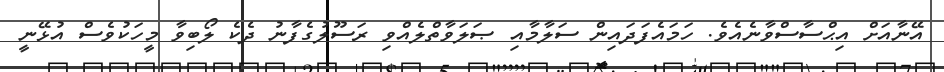
އޭނާއަށް އިޙްސާސްވާނެއެވެ. ހަަމައެފަދައިން ސަލާމާއި ޞަލަވާތްލެއްވި ރަސޫލުގެފާނު ދެކެ ލޯބިވާ މީހަކުވެސް އުޅޭނީ